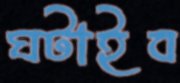
ঘটাইব